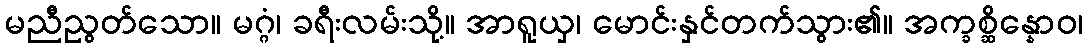
မညီညွတ်သော။ မဂ္ဂံ၊ ခရီးလမ်းသို့။ အာရူယှ၊ မောင်းနှင်တက်သွား၏။ အက္ခစ္ဆိန္နောဝ၊